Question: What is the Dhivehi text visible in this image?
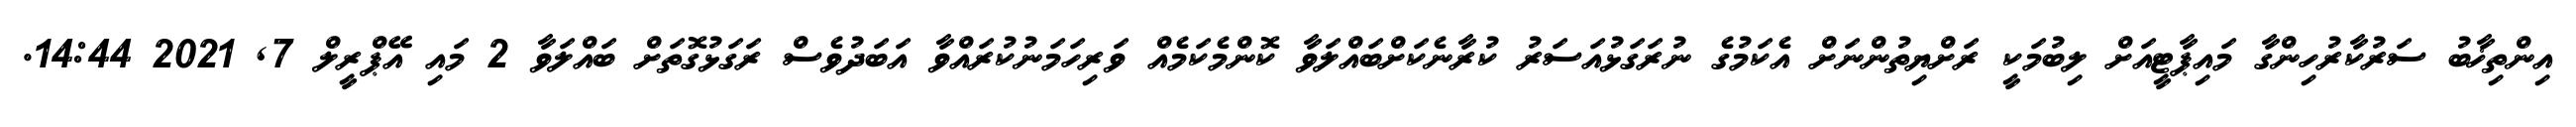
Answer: އިންތިޚާބު ސަރުކާރުހިންގާ މައިޕާޓީއަށް ލިބުމަކީ ރަށްޔިތުންނަށް އެކަމުގެ ނުރަގަޅުއަސަރު ކުރާނެކަށްބައްލަވާ ކޮންމެކަމެއް ވަރިހަމަނުކުރައްވާ އަބަދުވެސް ރަގަޅުގޮތަށް ބައްލަވާ 2 މައި އޭޕްރީލް 7, 2021 14:44.